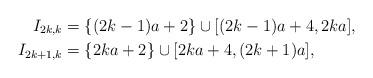
LaTeX: \begin{align*}I_{2k,k} & = \{(2k-1)a + 2 \} \cup [(2k-1)a+4, 2ka],\\I_{2k+1,k} & = \{2ka + 2 \} \cup [2ka+4, (2k+1)a],\end{align*}